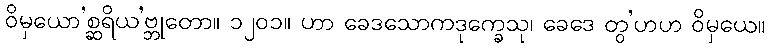
ဝိမှယော’စ္ဆရိယ’ဗ္ဘုတော။ ၁၂၀၁။ ဟာ ခေဒသောကဒုက္ခေသု၊ ခေဒေ တွ’ဟဟ ဝိမှယေ။